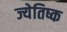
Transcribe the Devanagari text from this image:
ज्येतिष्क